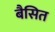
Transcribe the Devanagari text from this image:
बैसित